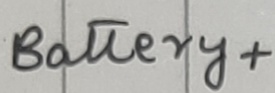
Text: Battery+